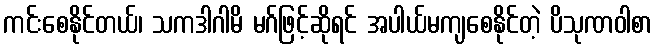
ကင်းစေနိုင်တယ်၊ သကဒါဂါမိ မဂ်ဖြင့်ဆိုရင် အပါယ်မကျစေနိုင်တဲ့ ပိသုဏဝါစာ